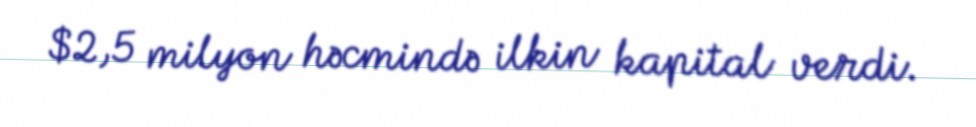
$2,5 milyon həcmində ilkin kapital verdi.